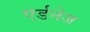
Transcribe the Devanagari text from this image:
एर्डनेज